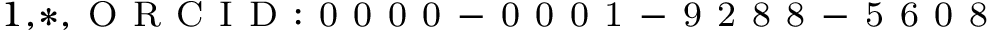
^ { 1 , * , \mathrm { ~ O ~ R ~ C ~ I ~ D ~ : ~ 0 ~ 0 ~ 0 ~ 0 ~ - ~ 0 ~ 0 ~ 0 ~ 1 ~ - ~ 9 ~ 2 ~ 8 ~ 8 ~ - ~ 5 ~ 6 ~ 0 ~ 8 ~ } }